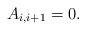
LaTeX: \begin{align*}A_{i,i+1}=0.\end{align*}